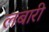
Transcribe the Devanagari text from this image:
लबारी